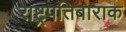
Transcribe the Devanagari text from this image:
राष्ट्रपतिबाराक